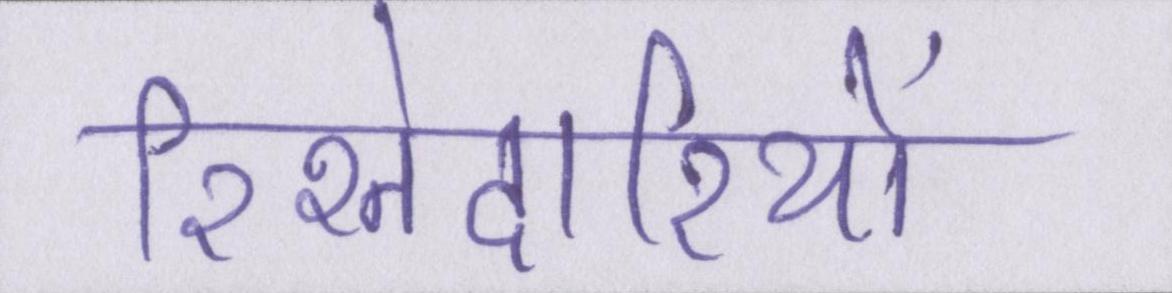
रिश्तेदारियों